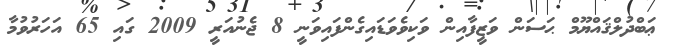
ޢަބްދުލްޤައްޔޫމް ޙަސަން ވަޒީފާއިން ވަކިވެވަޑައިގެންފައިވަނީ 8 ޖެނުއަރީ 2009 ގައި 65 އަހަރުވުމާ